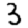
Digit: 3